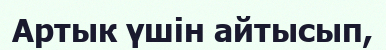
Артык үшін айтысып,